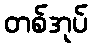
တစ်အုပ်